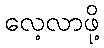
လေ့လာဖို့